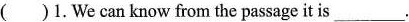
( )1. We can know from the passage it is ___.